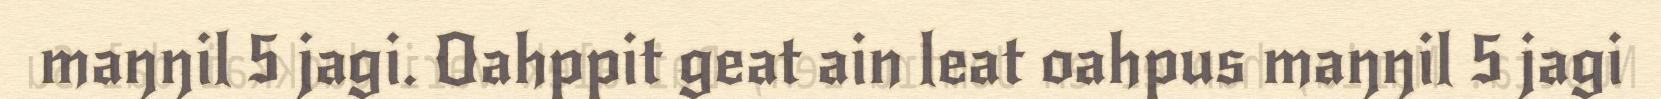
maŋŋil 5 jagi. Oahppit geat ain leat oahpus maŋŋil 5 jagi